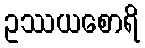
ဥဿယစောရိ